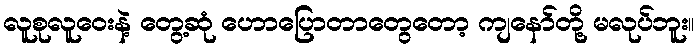
လူစုလူဝေးနဲ့ တွေ့ဆုံ ဟောပြောတာတွေတော့ ကျနော်တို့ မလုပ်ဘူး။